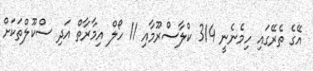
އޭގެ ތެރޭގައި ހިމެނެނީ 314 ކްލާސްރޫމާއި 11 ހޯލް އިމާރާތް އަދި ސްކޫލްތަކަށް